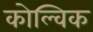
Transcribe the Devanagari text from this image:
कोल्विक